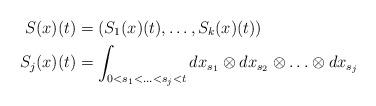
LaTeX: \begin{align*}S(x)(t)&= \left( S_1(x)(t),\ldots,S_k(x)(t)\right) \\S_j(x)(t) &= \int_{0<s_1<\ldots <s_j < t} dx_{s_1}\otimes dx_{s_2}\otimes \ldots \otimes dx_{s_j}\end{align*}